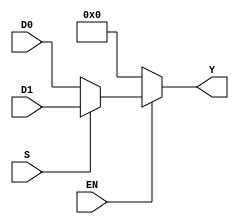
module Mux(Y, D0, D1, S, EN);

    input [7:0] D0, D1;
    input S, EN;
    output [7:0]Y;

    assign Y = EN ? (S ? D1 : D0) : 8'b00000000;





endmodule